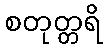
စတုတ္တရိ